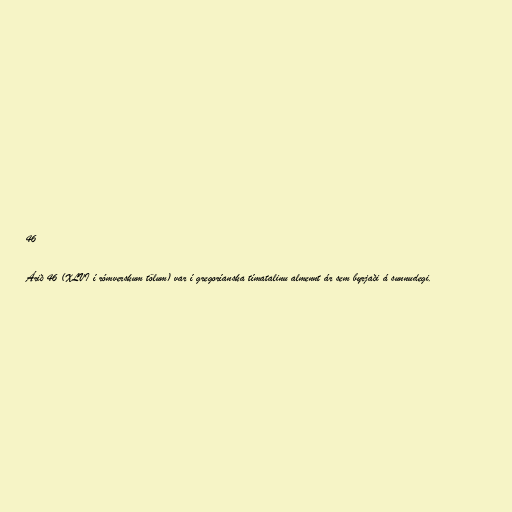
46

Árið 46 (XLVI í rómverskum tölum) var í gregoríanska tímatalinu almennt ár sem byrjaði á sunnudegi.